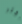
أكثر